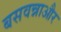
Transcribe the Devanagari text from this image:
बसवन्नाऔर